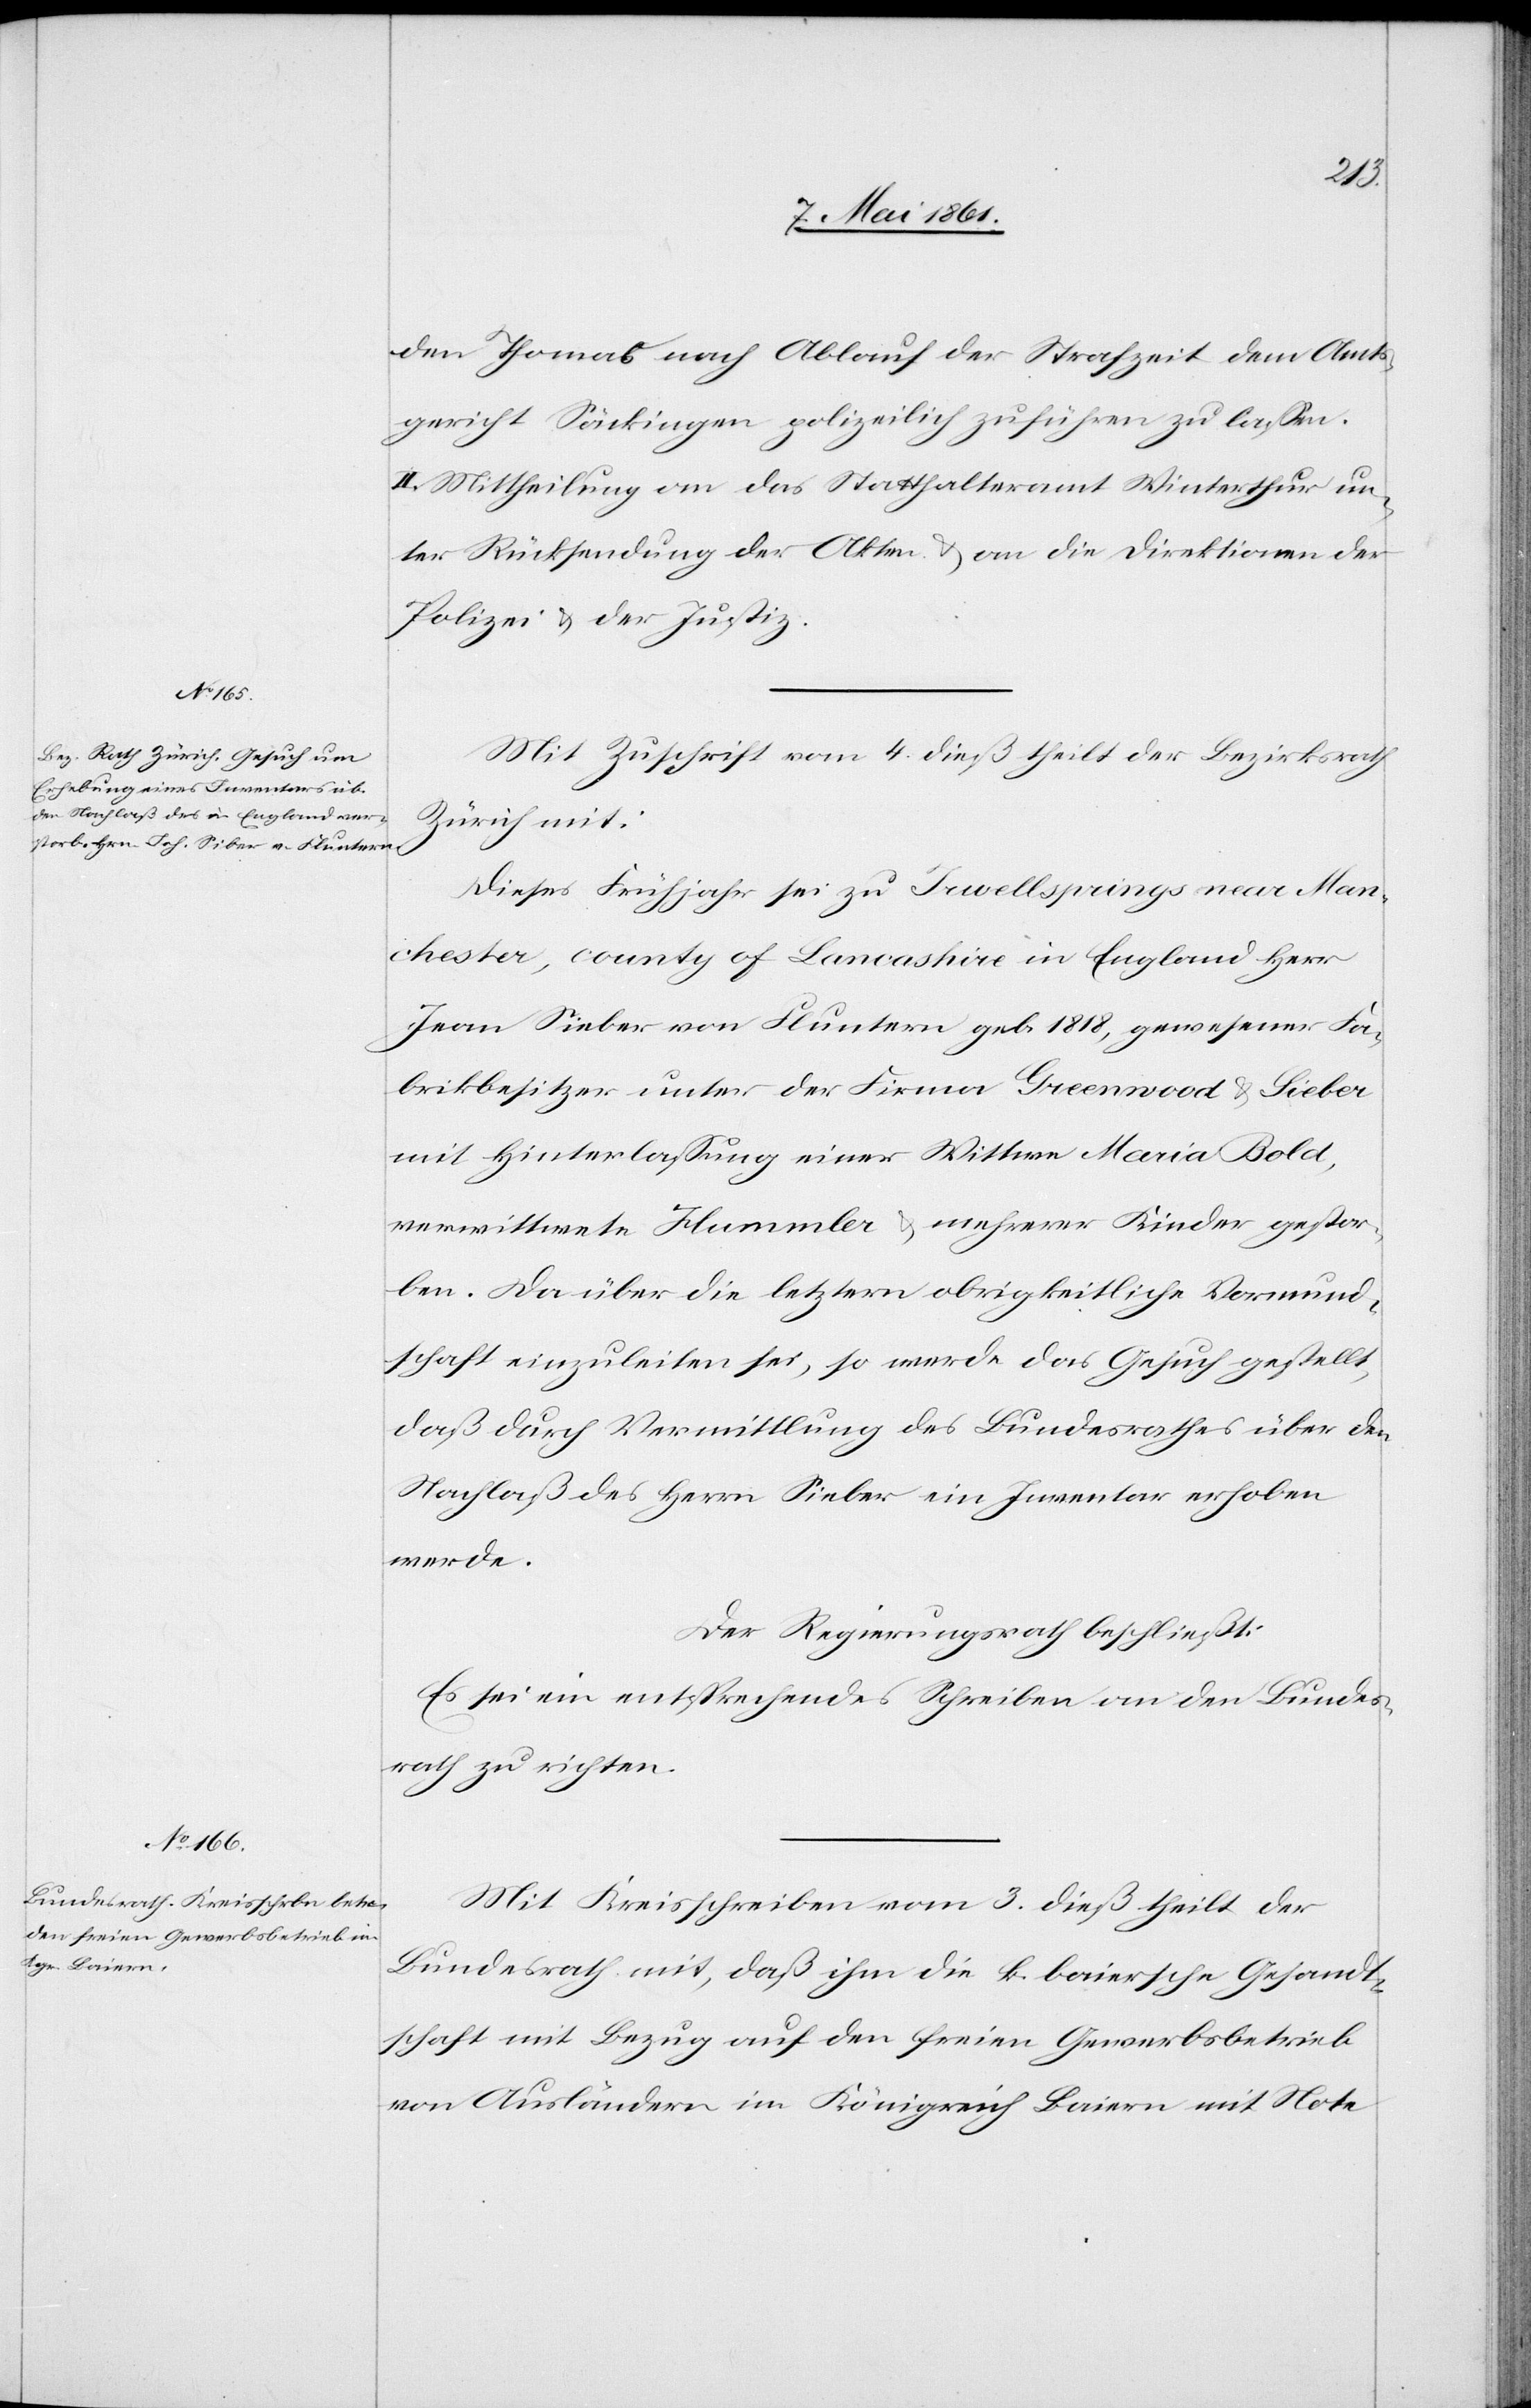
den Thomas nach Ablauf der Strafzeit dem Amts¬
gericht Säckingen polizeilich zuführen zu lassen.
II. Mittheilung an das Statthalteramt Winterthur un¬
ter Rücksendung der Akten u. an die Direktionen der
Polizei u. der Justiz.
Mit Zuschrift vom 4. dieß theilt der Bezirksrath
Zürich mit:
Dieses Frühjahr sei zu Jewellsprings near Man¬
chester, county of Lancashire in England Herr
Fabrikbesitzer unter der Firma Greenwood u. Sieber
mit Hinterlassung einer Wittwe Maria Bold,
verwittwete Hummler u. mehrerer Kinder gestor¬
ben. Da über die letztern obrigkeitliche Vormund¬
schaft einzuleiten sei, so werde das Gesuch gestellt,
daß durch Vermittlung des Bezirksrathes über den
Nachlaß des Herrn Sieber ein Inventar erhoben
werden.
Der Regierungsrath beschließt:
Es sei ein entsprechendes Schreiben an den Bundes¬
rath zu richten.
Mit Kreisschreiben vom 3. dieß theilt der
Bundesrath mit, daß ihm die k. baiersche Gesandt¬
schaft mit Bezug auf den freien Gewerbsbetrieb
von Ausländern im Königreich Baiern mit Note